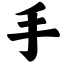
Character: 手